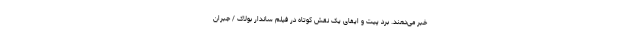
خبر می‌دهند. برد پیت و ایفای یک نقش کوتاه در فیلم ساندار بولاک / جبران